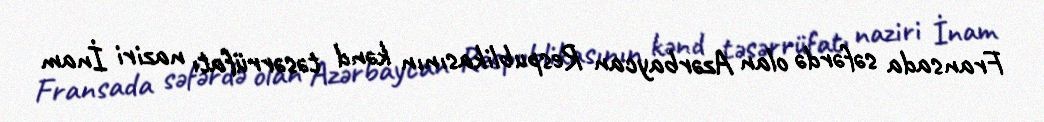
Fransada səfərdə olan Azərbaycan Respublikasının kənd təsərrüfatı naziri İnam